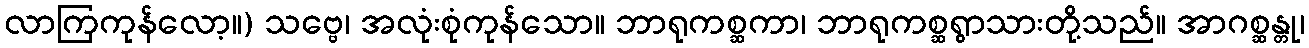
လာကြကုန်လော့။) သဗ္ဗေ၊ အလုံးစုံကုန်သော။ ဘာရုကစ္ဆကာ၊ ဘာရုကစ္ဆရွာသားတို့သည်။ အာဂစ္ဆန္တု၊